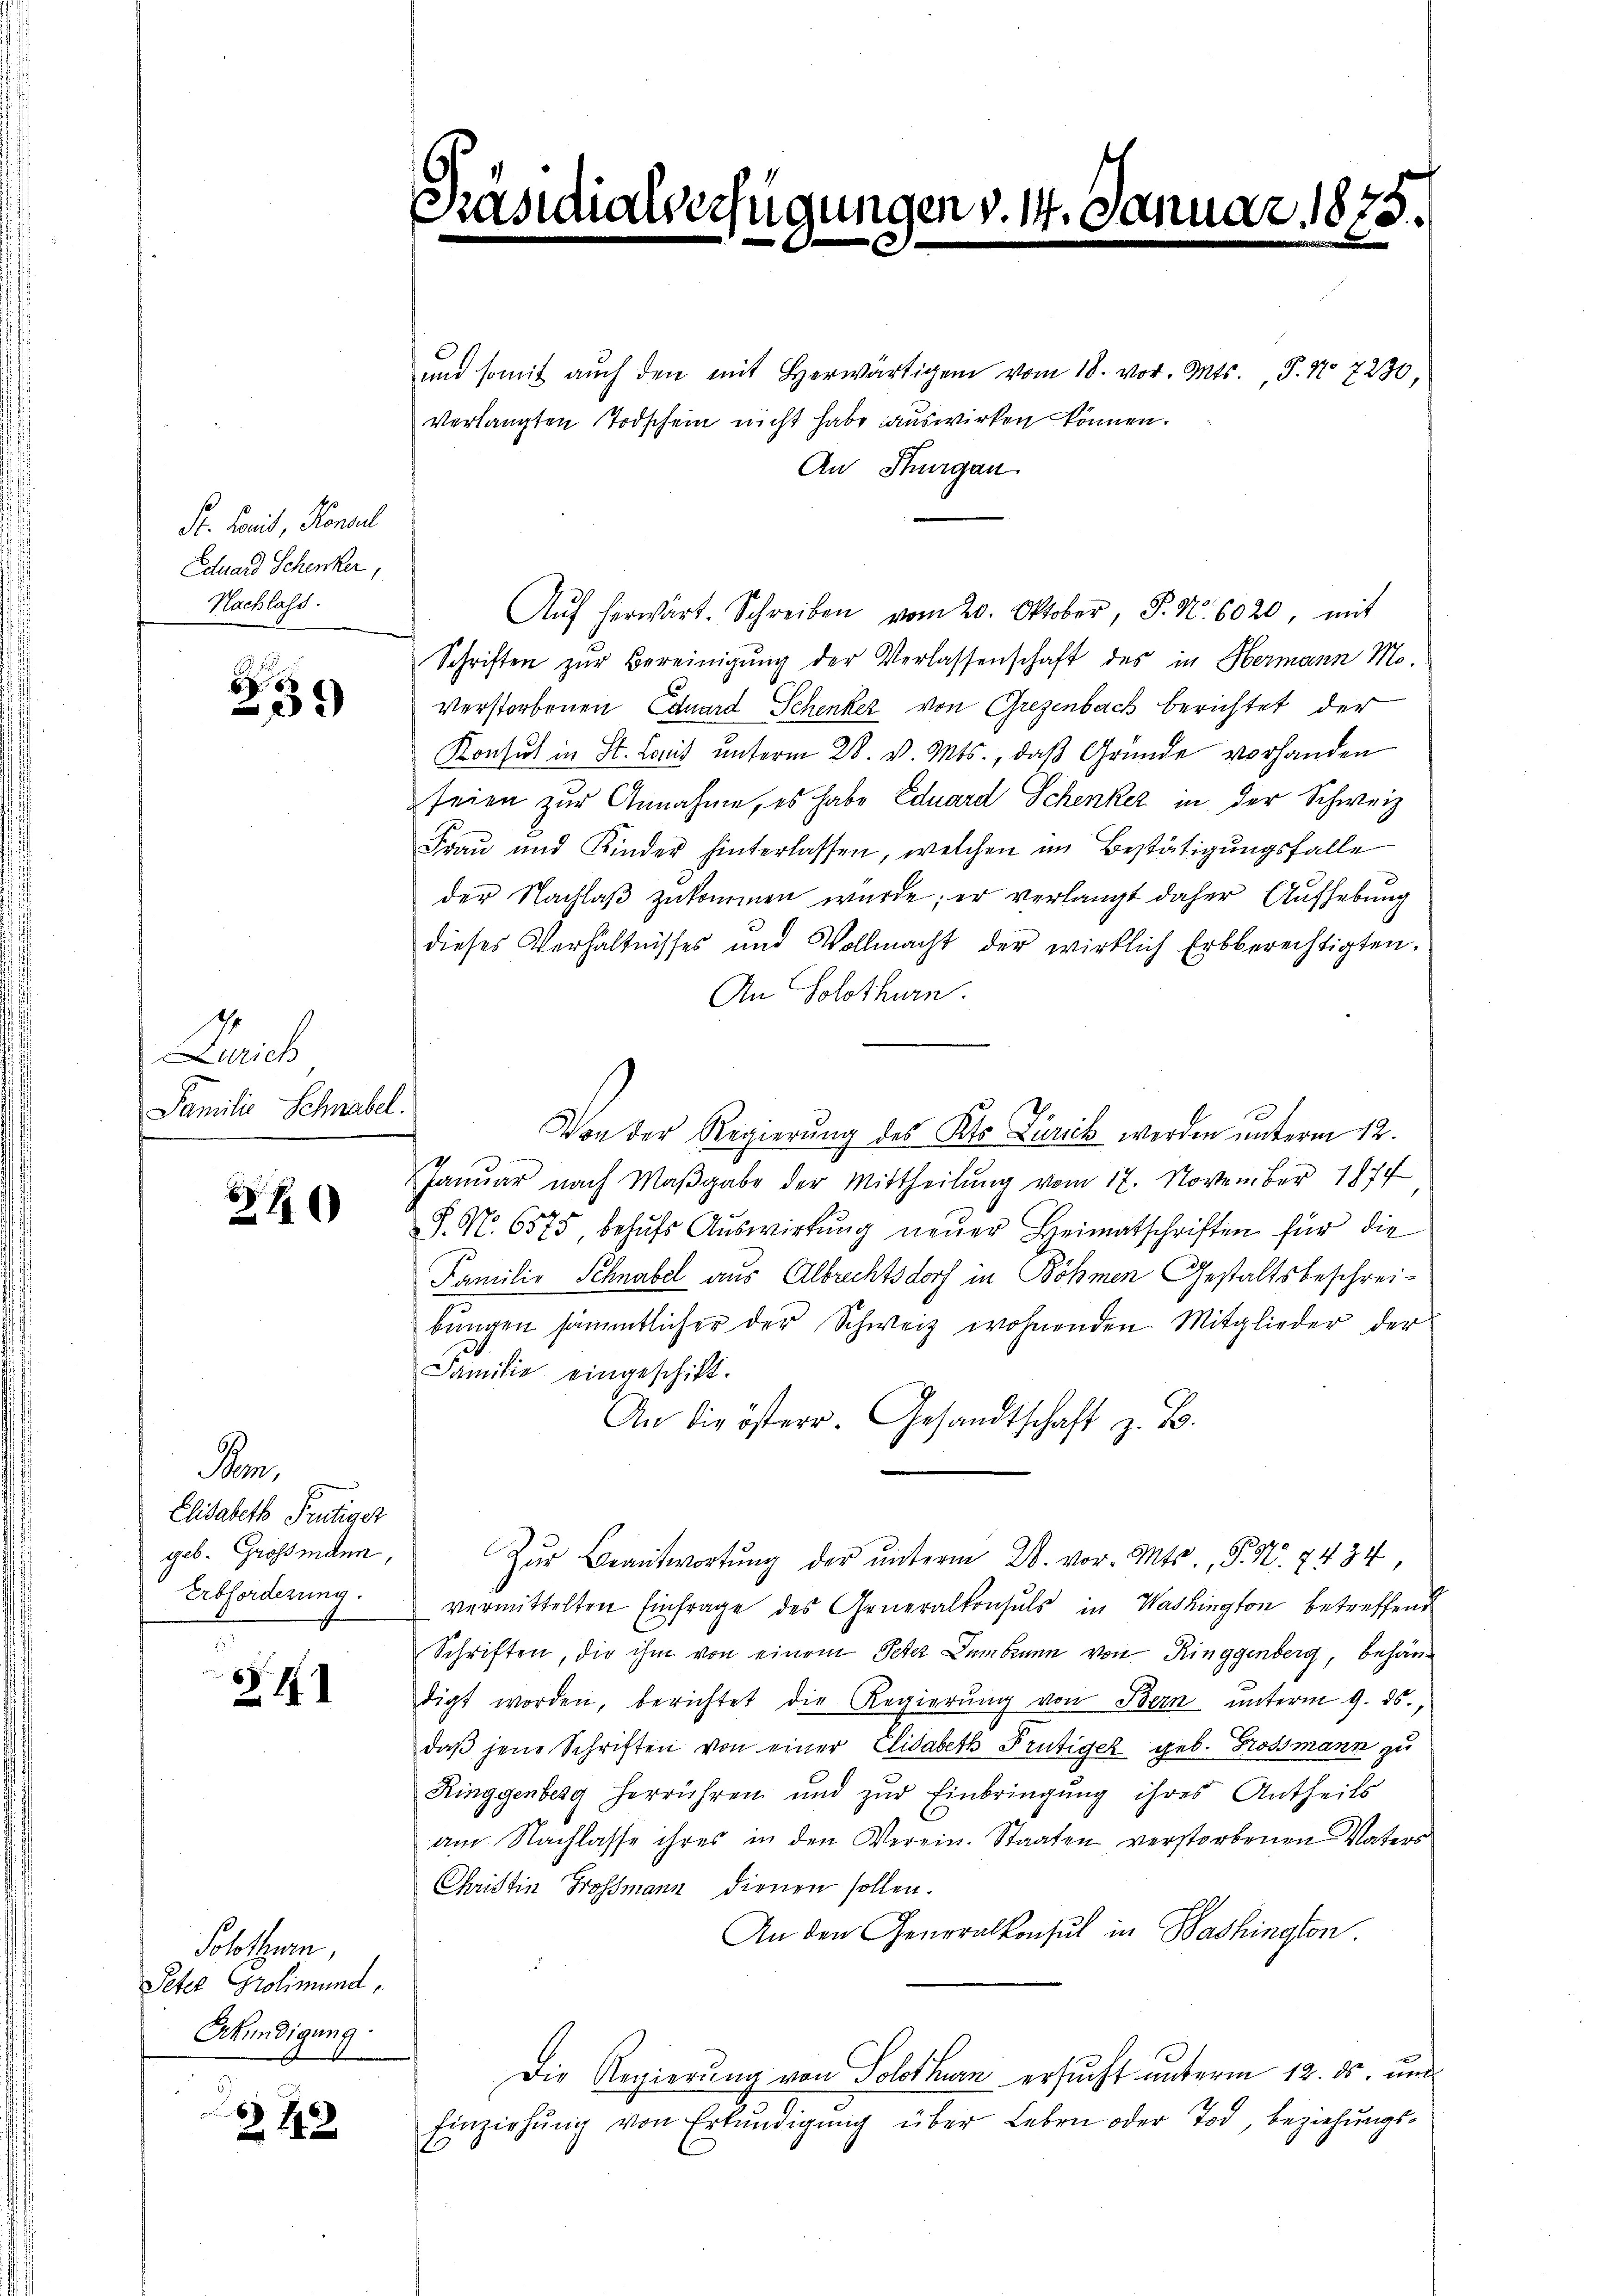
Dr. Famil, Konsul
Eduard Schenker,
Nachlass.

5
2

Lieb
Familie Schnabel.

1

Kom¬
Elisabeth Frutiger
geb. Grossenden,
Erbforderung.

§41

Solothurn,
Peter Grolimund,
Erkundigung

Z 442

i

ingen v. 14. C

und somit auch den mit herwärtigen vom 18. vor. Mts., P. No 7230
verlangten Todschein nicht habe auswirken können.
An Sturgau.
Aŭf herwärt. Schreiben vom 20. Oktober, S. Nr. 6020, mit
Schriften zŭr Bereinigŭng der Verlassenschaft des in Hermann Mo-
Verstorbenen Eduard Schenker von Grezenbach berichtet der
Konsul in St. Comit unterm 28. v. Mts., daß Gründe vorhanden
seien zur Annahme, es habe Eduard Schenker in der Schweiz
Frau und Kinder hinterlassen, welchen im Bestätigungsfalle
der Nachlaß zukommen wurde; er verlangt daher Aufhebung
dieses Verhältnisses und Vollmacht der wirklich Erbberechtigten,
An Solothurn.
Von der Regierung des Kts. Zurick werden unterm 12.
e
Janŭar nach Maβgabe der Mittheilŭng vom 17. November 1877
S. Nr. 6575, behufs Auswirkung neuer Heimatschriften für die
Familie Schnabel aus Albrechtsdorf in Böhmen Gestaltsbeschreibungen sämmtlicher der Schweiz wohnenden Mitglieder der
Familie eingeschikt.
An die österr. Gesandtschaft z. B.
Zŭr Beantwortŭng der ŭnterm 28. vor. Mts., P. Nr. 7434
vermittelten Einfrage des Generalkonsuls in Washington betreffend
Schriften, die ihm von einem Peter Dembrann von Ringgenberg, behändigt worden, berichtet die Regierŭng von Bern unterm 9. ds.,
daβ jene Schriften von einer Elisabeth Frutiger geb. Grossmann zu
Ringgenberg herrühren und zur Einbringung ihres Antheils
am Nachlasse ihres in den Verein. Staaten verstorbenen Vaters
Christin Grossmann dienen sollen.
An den Generalkonsul in Washington
Die Regierung von Solothurn ersucht unterm 12. ds. und
Einziehŭng von Erkŭndigung über Leben oder Tod, beziehungs¬

. 1875